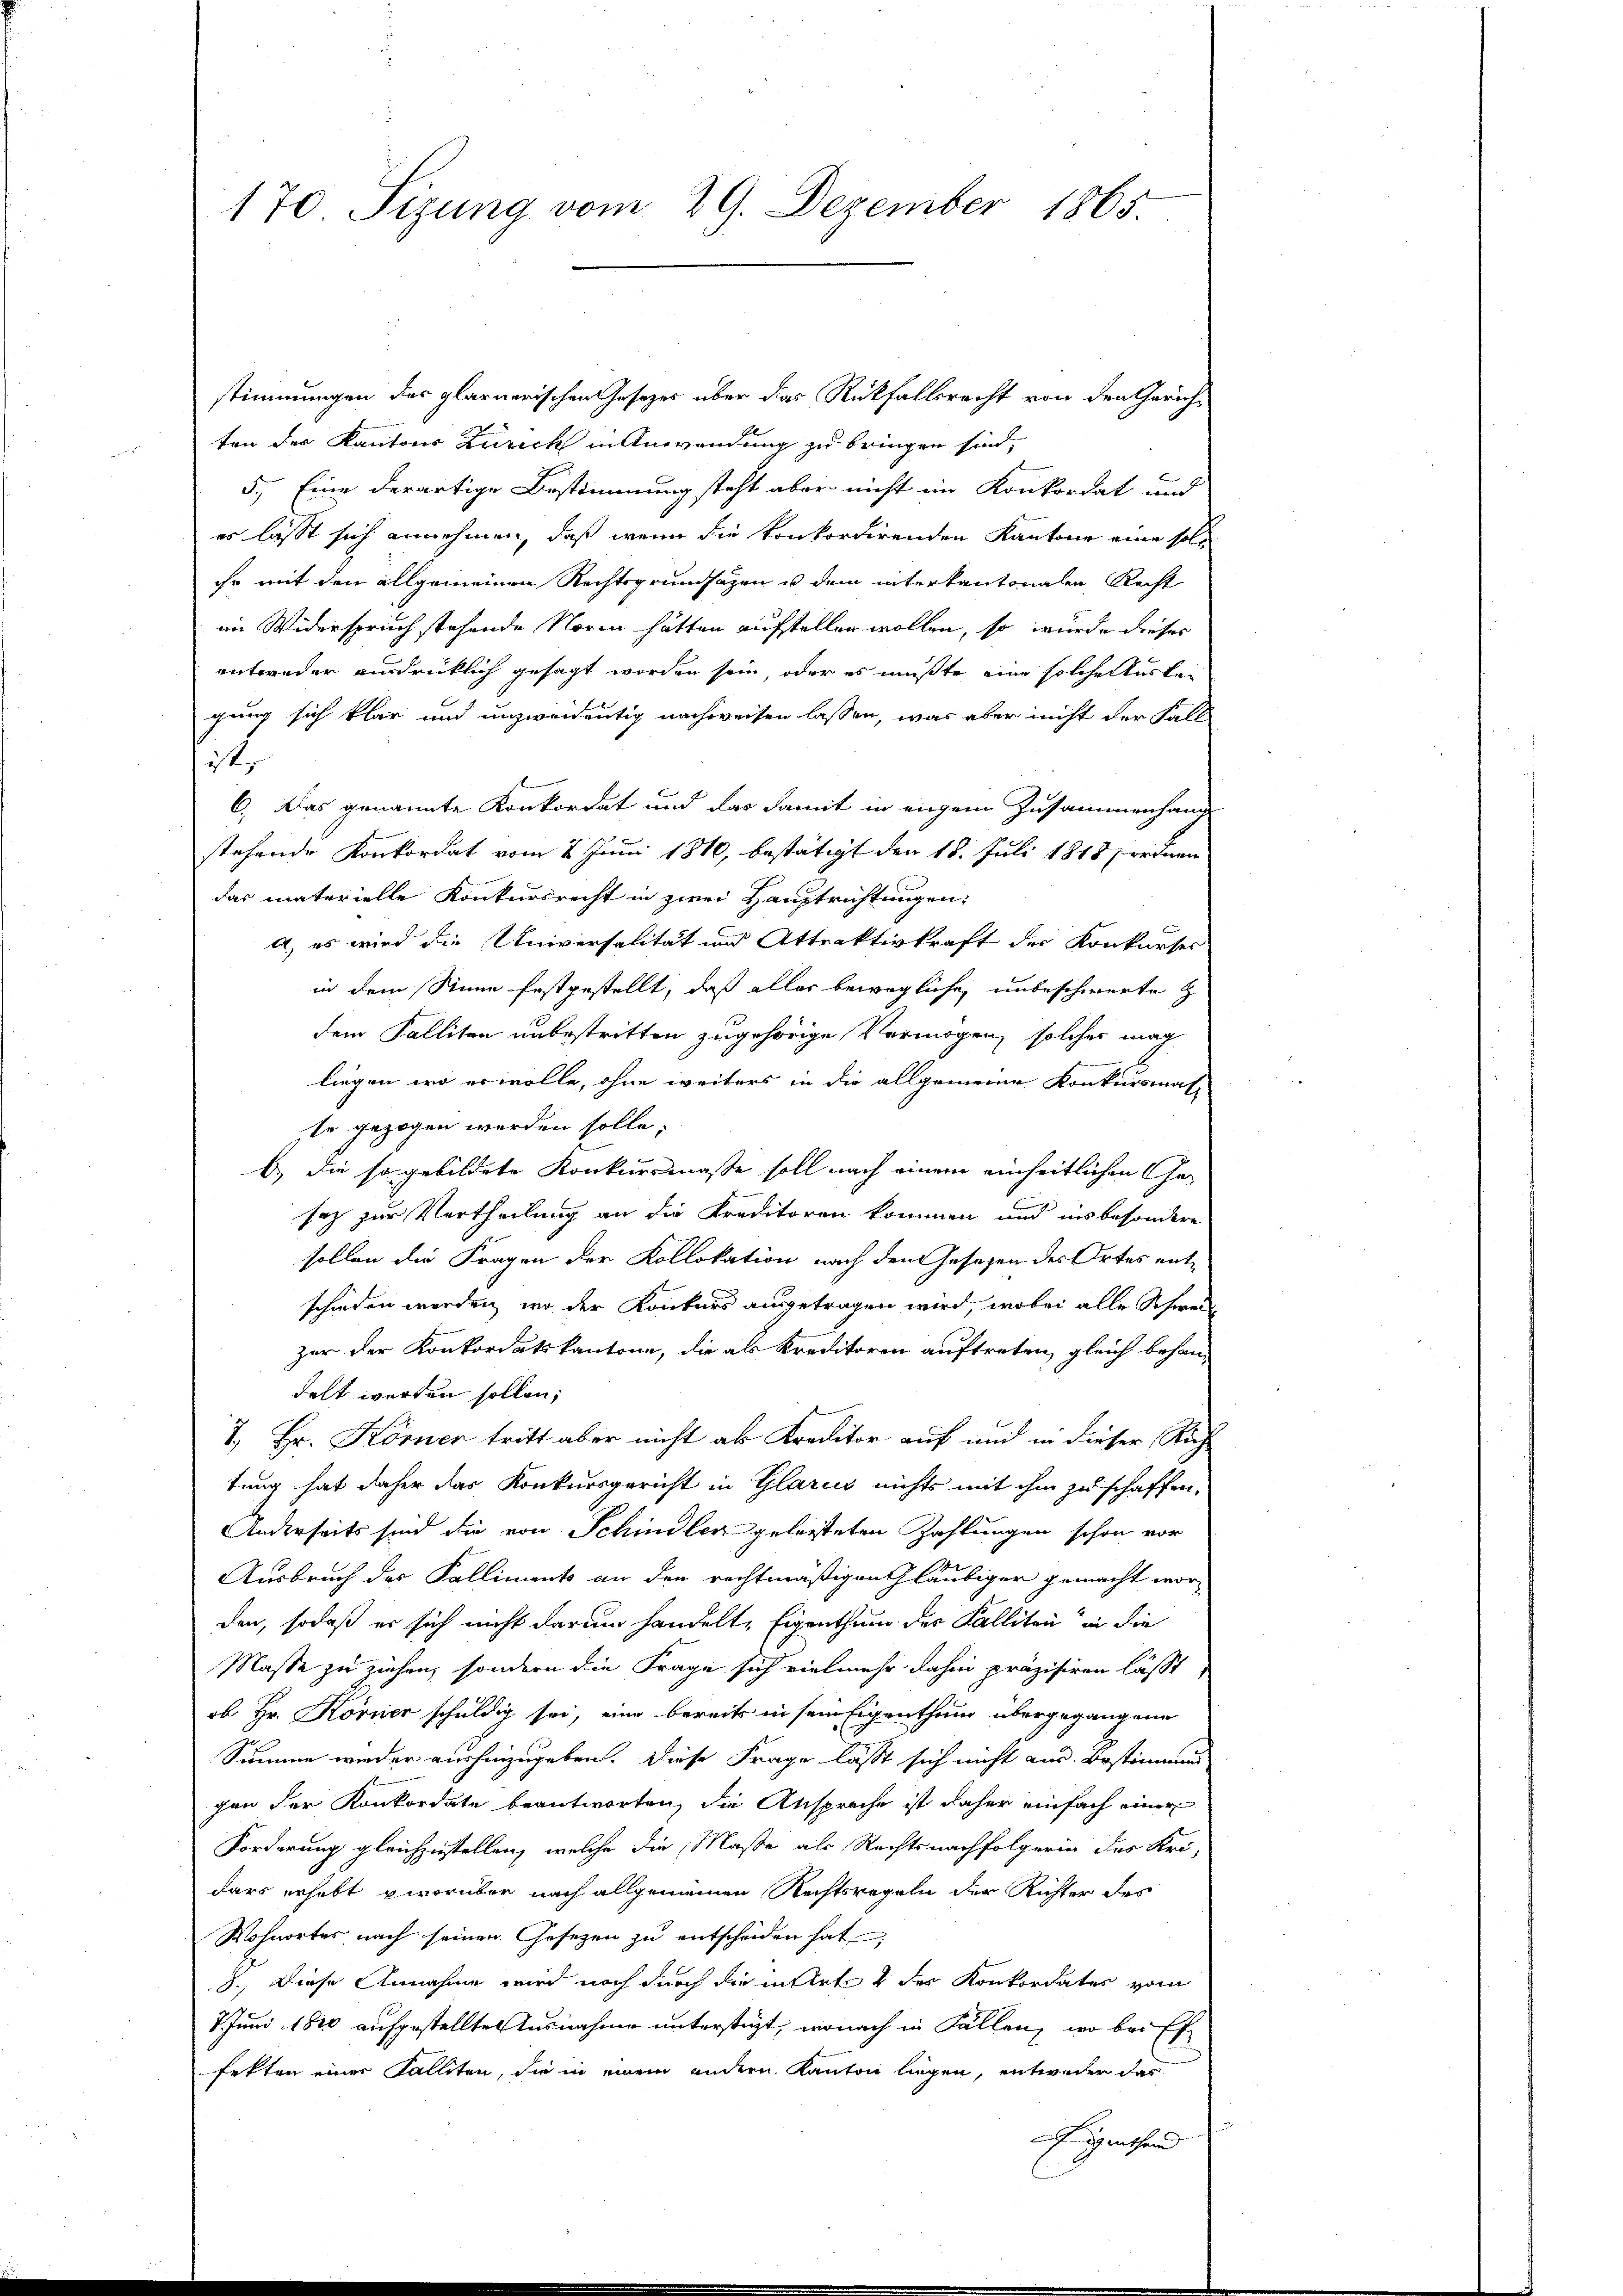
170 Sizung vom 29. Dezember 1865.

stimmungen des plarnerischen Gesezes über das Rückfallsrecht von den Gerichten der Kantons Zürich in Anwendung zu bringen sind,
5.) Eine derartige Bestimmung steht aber nicht im Konkordat und
es lasst sich annehmen, daß wenn die konkordirenden Kantone eine soll
ihr mit den allgemeinen Rechtsgrundsatzen u dem interkantonalen Recht
im Widerspruch stehende Norm hätten aufstellen wollen, so wurde dieses
entweder ausdrücklich gesagt worden sein, oder es mußte eine solche türken
gung sich klar und unzweidentig nachweisen lassen, was aber nicht der Fall
dt.
6.) Das genannte Konkordat und das Famit in eingem Zusammenhande
stehende Konkordat vom 8. Juni 1810, bestätigt den 18. Juli 1818 frednen
das materielle Konkursrecht in zwei Hauptrichtungen:
a, es wird die Universalität und Attraktivkraft der Konkurses
in dem Sinne festgestellt, daß aller bewegliche, unbeschwerte z
dem Falliten unbestritten zugehörige Vermögen, solcher mag
e
liegen, wo er wolle, ohne weiters in die allgemeine Konkursmas
Er gezogen werden solle;
b.) die so gebildete Konkursmaße soll nach einem einheitlichen Gesoz zur Vertheilung an die Kreditoren kommen und insbesondere
sollen die Fragen der Kollokation nach den Gesezen des Ortes entschieden werden, wo der Konkurs ausgetragen wird, wobei alle Schweil
zer der Konkordatskantone, die als Kreditoren auftreten, gleich behandelt werden sollen;
7., Hr. Körner tritt aber nicht als Kreditor auf und in dieser Rich
tung hat daher das Konkursgericht in Glarus nichts mit ihm zu schaffen,
Anderseits sind die von Schindler geleisteten Zahlungen schon vor
Ausbruch des Falliments an den rechtmäßigen Gläubiger gemacht worden, sodaß er sich nicht darum handelte Eigenthum der Falliten in die
Masse zu ziehen, sondern die Frage sich vielmehr dahin präzisiren lässt,
ob Hr. Körner schuldig sei, eine bereits in sein Eigenthum übergegangene
Summe wieder aushinzugeben. Diese Frage lässt sich nicht aus Bestimmung
gen der Konkordate beantworten, die Ansprache ist daher einfach einer
Forderung gleichzustellen, welche die Maße als Rechtsnachfolgerin des Uridars erhebt worüber nach allgemeinen Rechtsregeln der Richter des
Wohnortes nach seinen Gesetzen zu entscheiden hat,
8., Diese Annahme wird noch durch die mitirte & der Konkordates vom
7. Juni 1820 aufgestellte Ausnahme unterstüzt, wonach in Fällen, wo bei Exfekten einer Falliten, sie in einem andern Kanton liegen, entweder das
Eigenthend